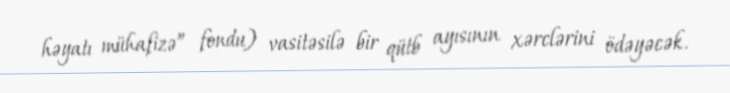
həyatı mühafizə” fondu) vasitəsilə bir qütb ayısının xərclərini ödəyəcək.